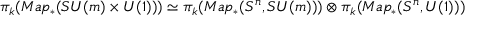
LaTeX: \pi _ { k } ( M a p _ { \ast } ( S U ( m ) \times U ( 1 ) ) ) \simeq \pi _ { k } ( M a p _ { \ast } ( S ^ { n } , S U ( m ) ) ) \otimes \pi _ { k } ( M a p _ { \ast } ( S ^ { n } , U ( 1 ) ) )